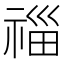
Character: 𥚉